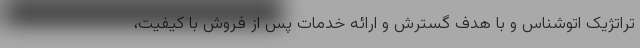
تراتژیک اتوشناس و با هدف گسترش و ارائه خدمات پس از فروش با کیفیت،